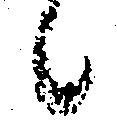
候